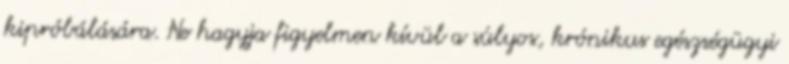
kipróbálására. Ne hagyja figyelmen kívül a súlyos, krónikus egészségügyi